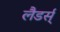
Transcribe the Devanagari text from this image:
लैडर्स्